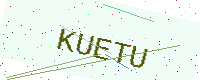
Text: KUETU